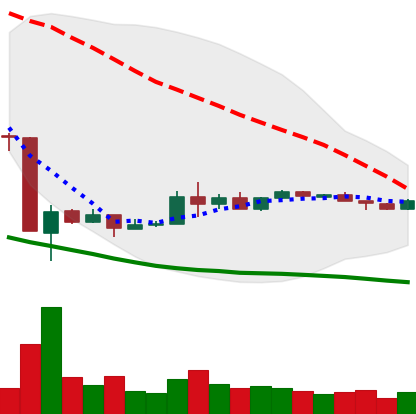
Ticker: EOS-USD
Chart end date: 2020-03-30
Forward return: 5.582%
Label: up_5_7